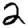
Digit: 2